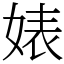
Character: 婊